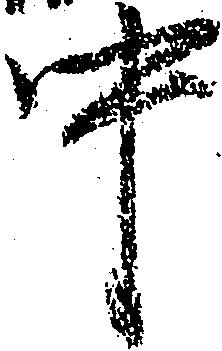
中